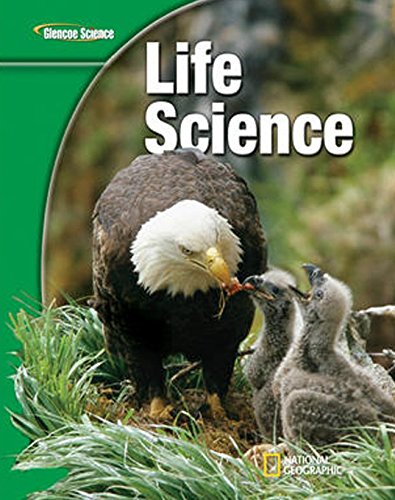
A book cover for Glencoe Life Science, Student Edition; McGraw-Hill Education; Science & Math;